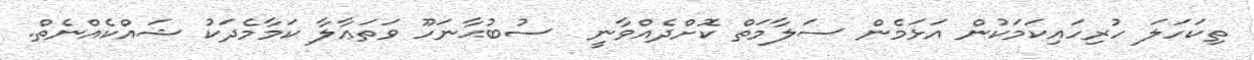
ތިކަހަލަ ހުރިހައިކަމަކުން އަޅަމެން ސަލާމަތް ކޮށްދެއްވާނީ  ސުބުޙާނަހޫ ވަތަޢާލާ ކަމާމެދަކު ޝައްކެއްނެތް.